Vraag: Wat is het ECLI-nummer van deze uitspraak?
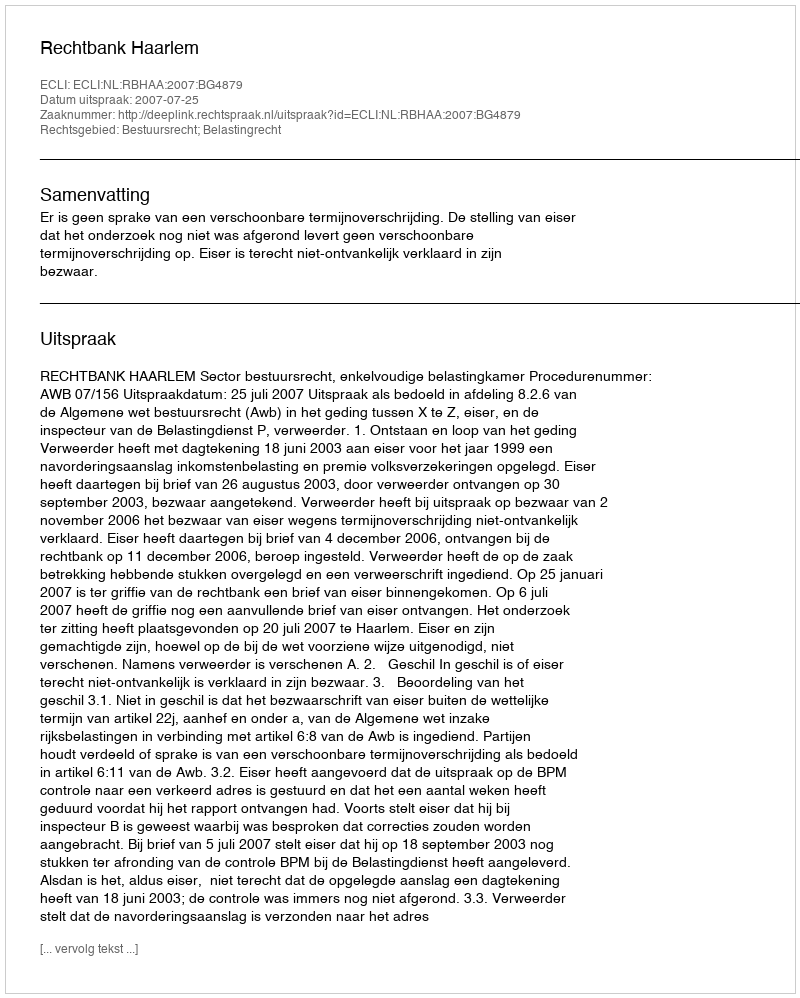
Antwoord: ECLI:NL:RBHAA:2007:BG4879